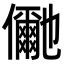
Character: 𭀍